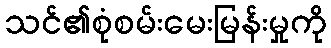
သင်၏စုံစမ်းမေးမြန်းမှုကို